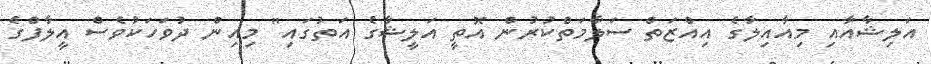
އަލިޝާއާއި މިއާއިލާގެ އިއްޒަތް ސަލާމަތްކުރުން އޮތީ އަލީޝާގެ އަތުގައި" މިއިން ދުވަހަކުވެސް އީލާފްގެ